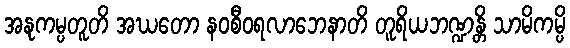
အနုကမ္ပတူတိ အဃတော နဝစီဝရလာဘေနာတိ တူရိယဘဏ္ဍန္တိ သာမိကမ္ပိ